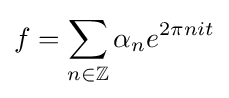
f=\sum _{n\in \mathbb {Z} }{\alpha _{n}e^{2\pi nit}}